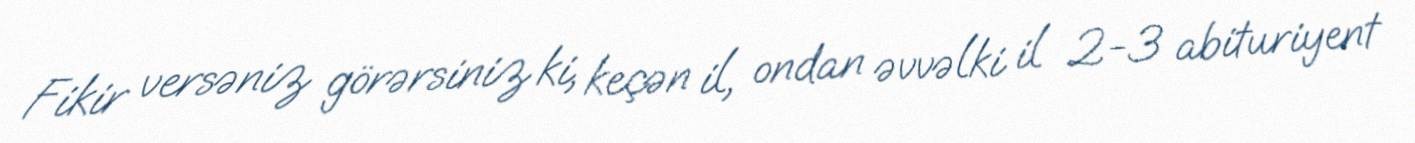
Fikir versəniz görərsiniz ki, keçən il, ondan əvvəlki il 2-3 abituriyent